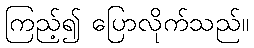
ကြည့်၍ ပြောလိုက်သည်။